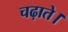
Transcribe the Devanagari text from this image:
चढ़ाते।